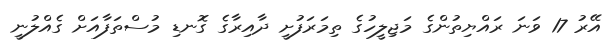
އޭރު 17 ވަނަ ރައްޔިތުންގެ މަޖިލީހުގެ ތިމަރަފުށީ ދާއިރާގެ ގޮނޑި މުސްތަފާއަށް ގެއްލުނީ